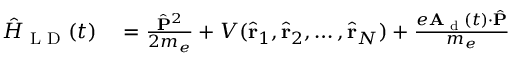
\begin{array} { r l } { \hat { H } _ { \textrm { L D } } ( t ) } & { { } = \frac { \hat { \mathbf { P } } ^ { 2 } } { 2 m _ { e } } + V ( \hat { \mathbf { r } } _ { 1 } , \hat { \mathbf { r } } _ { 2 } , \hdots , \hat { \mathbf { r } } _ { N } ) + \frac { e \mathbf { A } _ { \textrm { d } } ( t ) \cdot \hat { \mathbf { P } } } { m _ { e } } } \end{array}